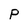
Character: P